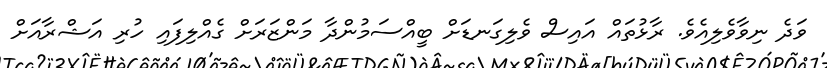
ވަދެ ނިވާވެލިއެވެ. ރާޅުތައް އައިސް ވެލިގަނޑަށް ބީއްސަމުންދާ މަންޒަރަށް ގެއްލިފައި ހުރި އަޝްރާއަށް